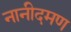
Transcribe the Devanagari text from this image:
नानीदमण